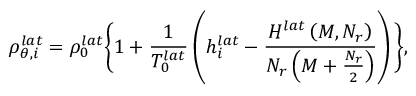
\rho _ { \theta , i } ^ { l a t } = \rho _ { 0 } ^ { l a t } \bigg \{ 1 + \frac { 1 } { T _ { 0 } ^ { l a t } } \left( h _ { i } ^ { l a t } - \frac { H ^ { l a t } \left( M , N _ { r } \right) } { N _ { r } \left( M + \frac { N _ { r } } { 2 } \right) } \right) \bigg \} ,